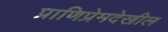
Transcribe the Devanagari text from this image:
प्राणिप्रेमदेखील